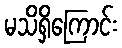
မသိရှိကြောင်း